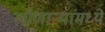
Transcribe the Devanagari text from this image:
लोणार्‍यांमध्ये